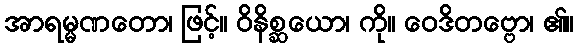
အာရမ္မဏတော၊ ဖြင့်။ ဝိနိစ္ဆယော၊ ကို။ ဝေဒိတဗ္ဗော၊ ၏။